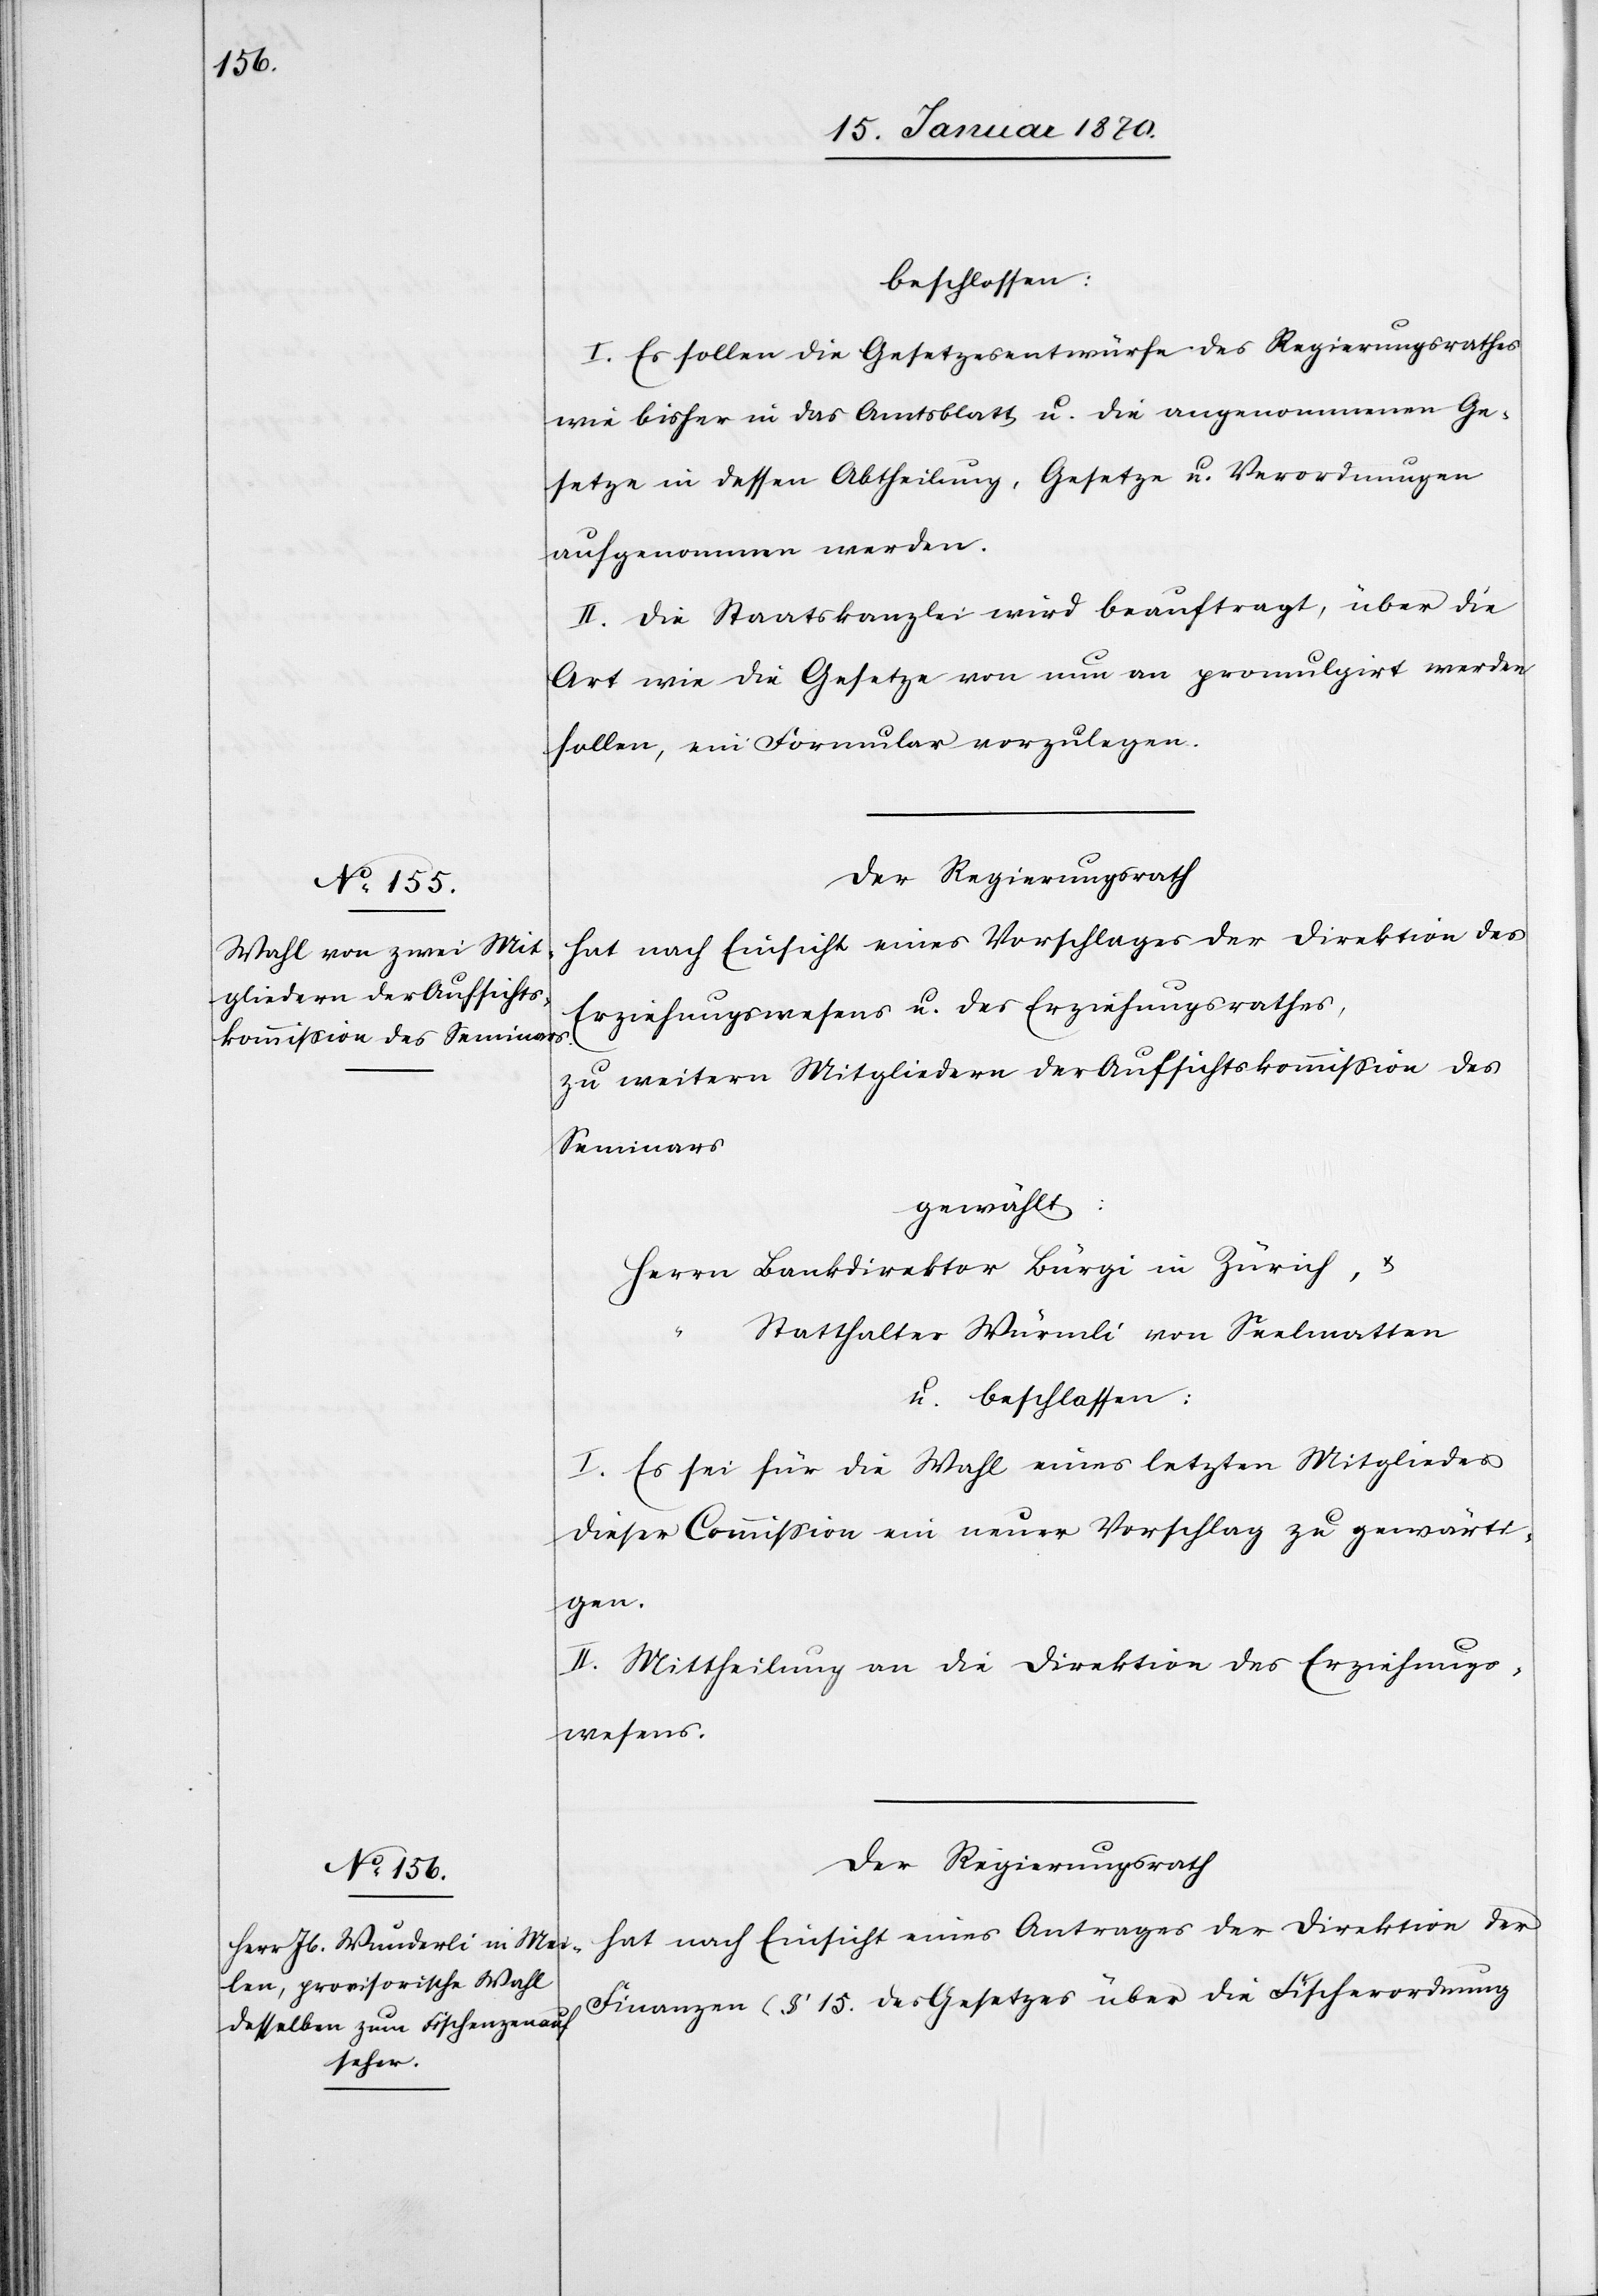
beschlossen:
I. Es sollen die Gesetzesentwürfe des Regierungsrathes
wie bisher in das Amtsblatt u. die angenommenen Ge¬
setze in dessen Abtheilung, Gesetze u. Verordnungen
aufgenommen werden.
II. Die Staatskanzlei wird beauftragt, über die
Art wie die Gesetze von nun an promulgirt werden
sollen, ein Formular vorzulegen.
Der Regierungsrath
hat nach Einsicht eines Vorschlages der Direktion des
Erziehungswesens u. des Erziehungsrathes,
zu weitern Mitgliedern der Aufsichtskommission des
Seminars
gewählt:
Herrn Bankdirektor Bürgi in Zürich, u.
“
Statthalter Würmli von Seelmatten
u. beschlossen:
I. Es sei für die Wahl eines letzten Mitgliedes
dieser Commission ein neuer Vorschlag zu gewärti¬
gen.
II. Mittheilung an die Direktion des Erziehungs¬
wesens.
Der Regierungsrath
hat nach Einsicht eines Antrages der Direktion der
Finanzen (§ 15. des Gesetzes über die Fischerordnung